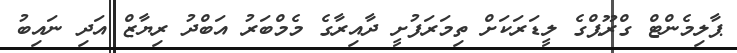
ޕާލިމެންޓް ގްރޫޕްގެ ލީޑަރަކަށް ތިމަރަފުށީ ދާއިރާގެ މެމްބަރު އަބްދު ރިޔާޒް އަދި ނައިބު